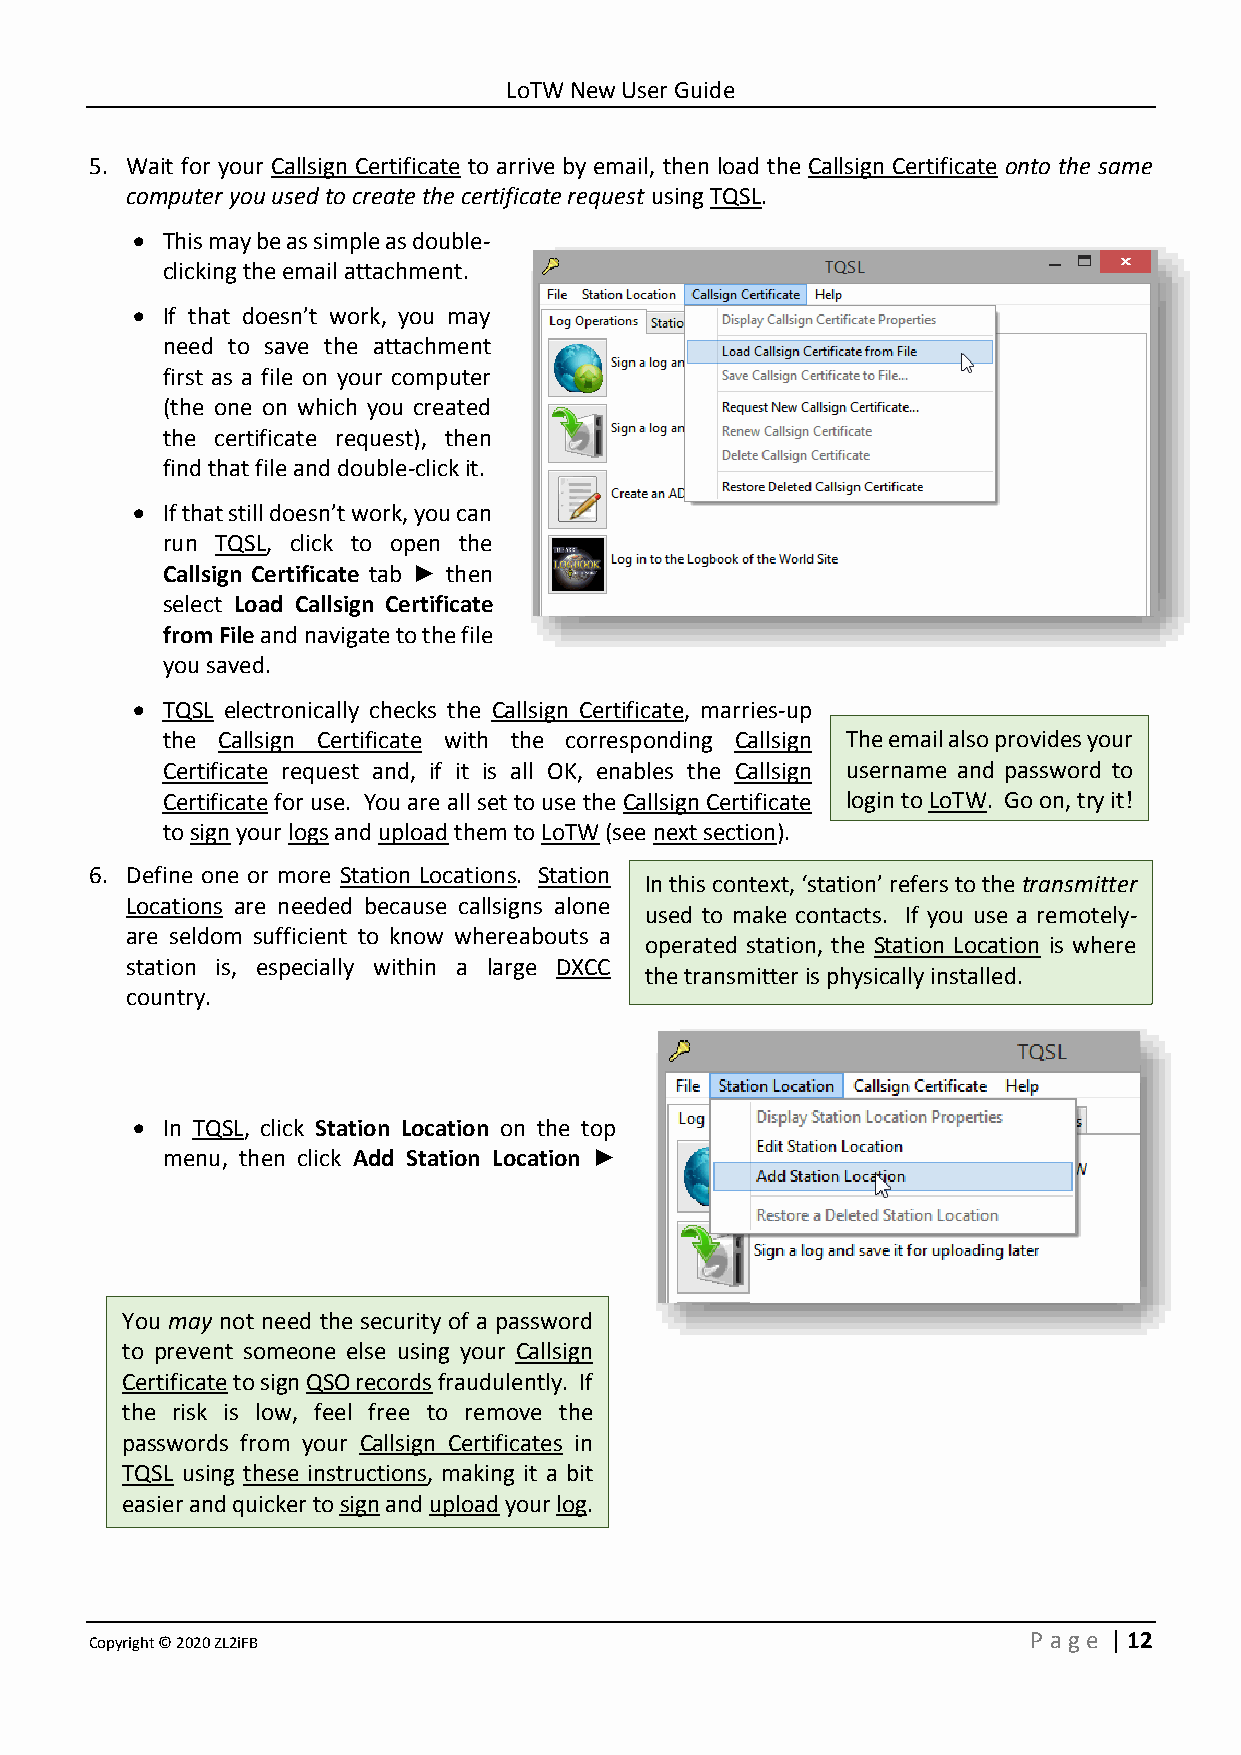
LoTW New User Guide
 5. Wait for your Callsign Certificate to arrive by email, then load the Callsign Certificate onto the same
 computer you used to create the certificate request using TQSL.
 • This may be as simple as double-
 clicking the email attachment.
 • If that doesn’t work, you may
 need to save the attachment
 first as a file on your computer
 (the one on which you created
 the certificate request), then
 find that file and double-click it.
 • If that still doesn’t work, you can
 run TQSL, click to open the
 Callsign Certificate tab ► then
 select Load Callsign Certificate
 from File and navigate to the file
 you saved.
 • TQSL electronically checks the Callsign Certificate, marries-up
 the Callsign Certificate with the corresponding Callsign The email also provides your
 Certificate request and, if it is all OK, enables the Callsign username and password to
 Certificate for use. You are all set to use the Callsign Certificate login to LoTW. Go on, try it!
 to sign your logs and upload them to LoTW (see next section).
 6. Define one or more Station Locations. Station
 In this context, ‘station’ refers to the transmitter
 Locations are needed because callsigns alone
 used to make contacts. If you use a remotely-
 are seldom sufficient to know whereabouts a
 operated station, the Station Location is where
 station is, especially within a large DXCC
 the transmitter is physically installed.
 country.
 • In TQSL, click Station Location on the top
 menu, then click Add Station Location ►
 You may not need the security of a password
 to prevent someone else using your Callsign
 Certificate to sign QSO records fraudulently. If
 the risk is low, feel free to remove the
 passwords from your Callsign Certificates in
 TQSL using these instructions, making it a bit
 easier and quicker to sign and upload your log.
 Copyright © 2020 ZL2iFB                                       P age | 12